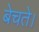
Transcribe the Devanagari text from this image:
बेचते।